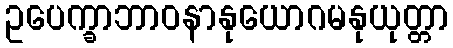
ဥပေက္ခာဘာဝနာနုယောဂမနုယုတ္တာ